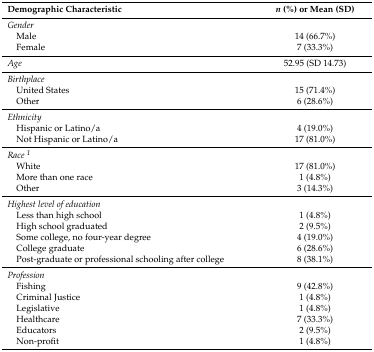
<table><thead><tr><td><b>Demographic Characteristic</b></td><td><b><i>n</i> (%) or Mean (SD)</b></td></tr></thead><tbody><tr><td colspan="2"><i>Gender</i></td></tr><tr><td> Male</td><td>14 (66.7%)</td></tr><tr><td> Female</td><td>7 (33.3%)</td></tr><tr><td><i>Age</i></td><td>52.95 (SD 14.73)</td></tr><tr><td colspan="2"><i>Birthplace</i></td></tr><tr><td> United States</td><td>15 (71.4%)</td></tr><tr><td> Other</td><td>6 (28.6%)</td></tr><tr><td colspan="2"><i>Ethnicity</i></td></tr><tr><td> Hispanic or Latino/a</td><td>4 (19.0%)</td></tr><tr><td> Not Hispanic or Latino/a</td><td>17 (81.0%)</td></tr><tr><td colspan="2"><i>Race <sup>1</sup></i></td></tr><tr><td> White</td><td>17 (81.0%)</td></tr><tr><td> More than one race</td><td>1 (4.8%)</td></tr><tr><td> Other</td><td>3 (14.3%)</td></tr><tr><td colspan="2"><i>Highest level of education</i></td></tr><tr><td> Less than high school</td><td>1 (4.8%)</td></tr><tr><td> High school graduated</td><td>2 (9.5%)</td></tr><tr><td> Some college, no four-year degree</td><td>4 (19.0%)</td></tr><tr><td> College graduate</td><td>6 (28.6%)</td></tr><tr><td> Post-graduate or professional schooling after college</td><td>8 (38.1%)</td></tr><tr><td colspan="2"><i>Profession</i></td></tr><tr><td> Fishing</td><td>9 (42.8%)</td></tr><tr><td> Criminal Justice</td><td>1 (4.8%)</td></tr><tr><td> Legislative</td><td>1 (4.8%)</td></tr><tr><td> Healthcare</td><td>7 (33.3%)</td></tr><tr><td> Educators</td><td>2 (9.5%)</td></tr><tr><td> Non-profit</td><td>1 (4.8%)</td></tr></tbody></table>